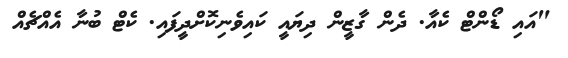
"އައި ޑޯންޓް ކެއާ. ދެން ގާޒީން ދިޔައީ ކައިވެނިކޮށްދީފައި. ކެޓް ބުނާ އެއްޗެއް